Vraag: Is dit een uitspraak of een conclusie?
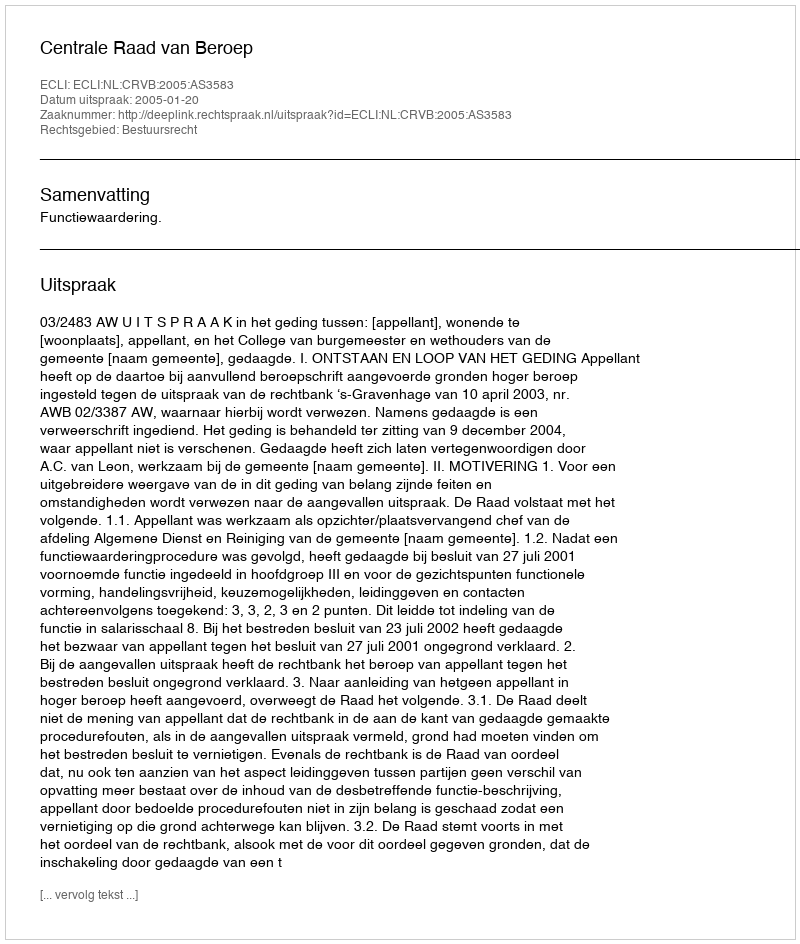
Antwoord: Uitspraak